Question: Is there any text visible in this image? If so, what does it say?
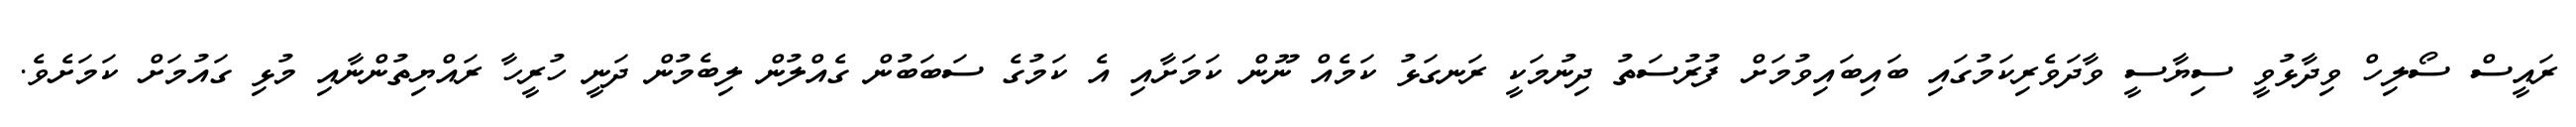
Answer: ރައީސް ސޯލިހް ވިދާޅުވީ ސިޔާސީ ވާދަވެރިކަމުގައި ބައިބައިވުމަށް ފުރުސަތު ދިނުމަކީ ރަނގަޅު ކަމެއް ނޫން ކަމަށާއި އެ ކަމުގެ ސަބަބުން ގެއްލުން ލިބެމުން ދަނީ ހުރީހާ ރައްޔިތުންނާއި މުޅި ގައުމަށް ކަމަށެވެ.